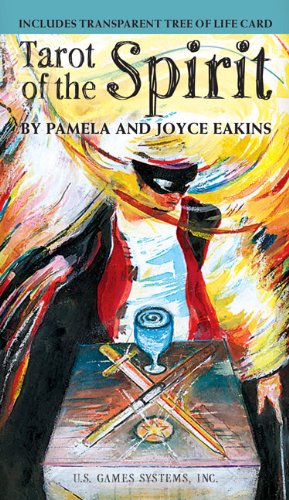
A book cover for Tarot of the Spirit; Pamela Eakins; Humor & Entertainment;